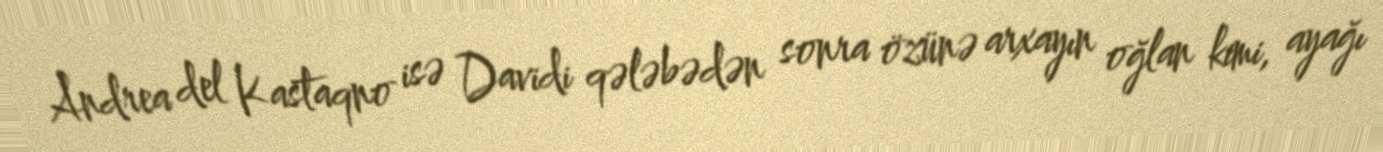
Andrea del Kastaqno isə Davidi qələbədən sonra özünə arxayın oğlan kimi, ayağı